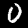
Label: 0